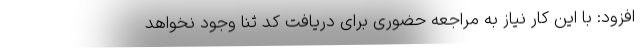
افزود: با این کار نیاز به مراجعه حضوری برای دریافت کد ثنا وجود نخواهد